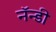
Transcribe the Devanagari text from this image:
नॅन्डी